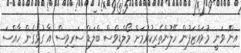
އިން ވަނީ މުވައްޒަފުން ހޭލުންތެރިކުރުމަށް މޯލްޑިވްސް ބްލަޑް ސަރިވިސް އާ ގުޅިގެން ހާއްސަ